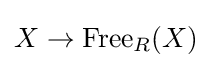
X\to \operatorname {Free} _{R}(X)